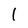
Character: l